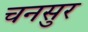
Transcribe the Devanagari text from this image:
चनसुर